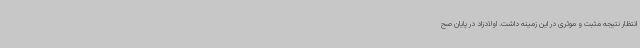
انتظار نتیجه مثبت و موثری در این زمینه داشت. اولادزاد در پایان صح